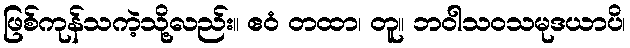
ဖြစ်ကုန်သကဲ့သို့လည်း။ ဧဝံ တထာ၊ တူ။ ဘဝါသဝသမုဒယာပိ၊